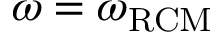
\omega = \omega _ { \mathrm { R C M } }